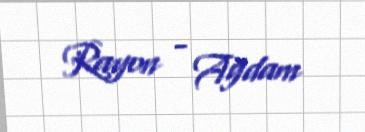
Rayon - Ağdam